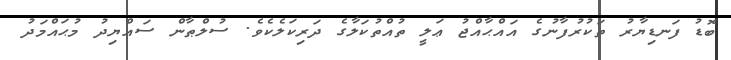
ބޮޑު ފަނޑިޔާރު ތަކުރުފާނުގެ އައްޙާއްޖު ޢަލީ ތުއްތުކަލާގެ ދަރިކަލެކެވެ. ސުލްޠާން ސައްޔިދު މުޙައްމަދު